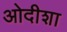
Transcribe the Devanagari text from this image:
ओदीशा